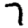
Digit: 7